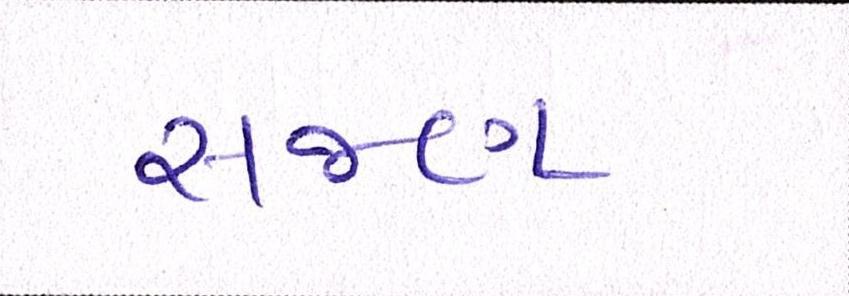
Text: સજણ